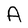
Character: A